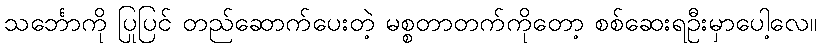
သင်္ဘောကို ပြုပြင် တည်ဆောက်ပေးတဲ့ မစ္စတာတက်ကိုတော့ စစ်ဆေးရဦးမှာပေါ့လေ။